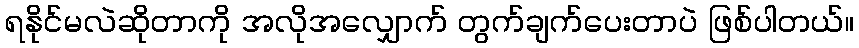
ရနိုင်မလဲဆိုတာကို အလိုအလျှောက် တွက်ချက်ပေးတာပဲ ဖြစ်ပါတယ်။